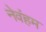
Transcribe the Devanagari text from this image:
नेवंहम